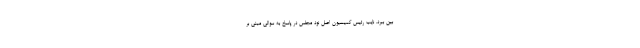
بین ببرد. نایب رئیس کمیسیون اصل نود مجلس در پاسخ به سوالی مبنی بر